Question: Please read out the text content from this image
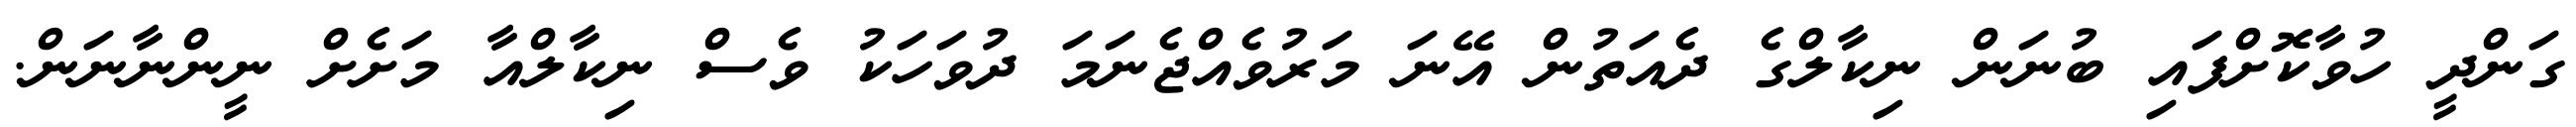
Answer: ގަންދީ ހުވާކޮށްފައި ބުނަން ނިކާލްގެ ދެއަތުން އޭނަ މަރުވެއްޖެނަމަ ދުވަހަކު ވެސް ނިކާލްއާ މަށެށް ނީންނާނަން.